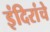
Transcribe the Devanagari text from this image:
इंदिरांचे